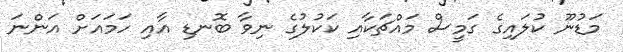
މަޑުނޫ ކުލައިގެ ގަމީސް މައްޗަކާއި ކަކުލުގެ ނިވާ ބޮނޑި އާއި ހަމައަށް އަންނަ